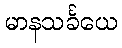
မာနသင်္ခယေ